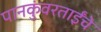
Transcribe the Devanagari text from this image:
पानकुंवरताईंचे